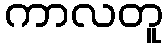
ကာလတူ